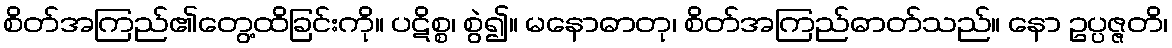
စိတ်အကြည်၏တွေ့ထိခြင်းကို။ ပဋိစ္စ၊ စွဲ၍။ မနောဓာတု၊ စိတ်အကြည်ဓာတ်သည်။ နော ဥပ္ပဇ္ဇတိ၊